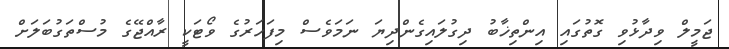
ޖަމީލް ވިދާޅުވި ގޮތުގައި އިންތިޚާބު ދިގުލައިގެންދިޔަ ނަމަވެސް މިފަހަރުގެ ވޯޓަކީ ރާއްޖޭގެ މުސްތަގުބަލަށް